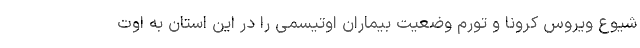
شیوع ویروس کرونا و تورم وضعیت بیماران اوتیسمی را در این استان به اوت